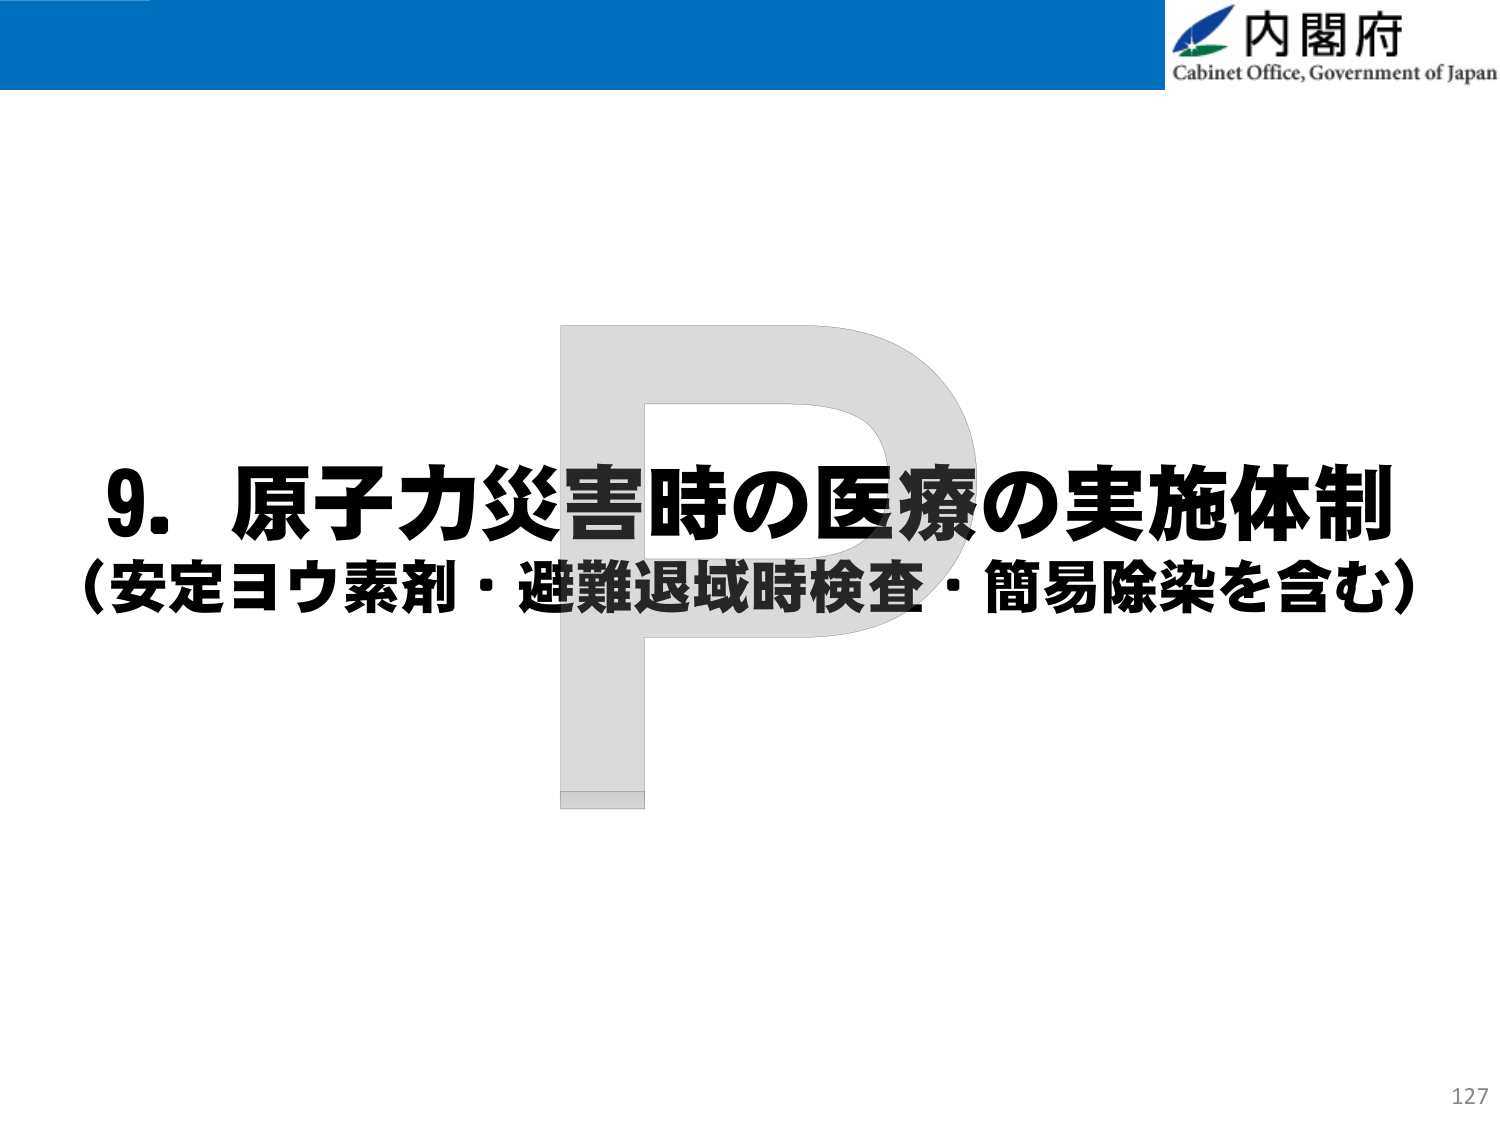
内閣府
Cabinet Office, Government of Japan

9. 原子力災害時の医療の実施体制
（安定ヨウ素剤・避難退域時検査・簡易除染を含む）

127